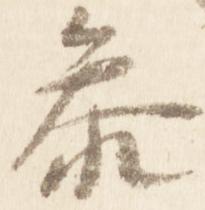
参